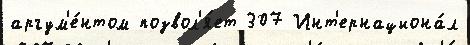
аргум'е́нтом позвол'я́ет 307 Инт'ернациона́л